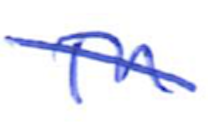
Text: in
Cross-out: diagonal
Writing tool: ballpoint